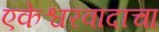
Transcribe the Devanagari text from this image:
एकेश्वरवादाचा